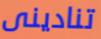
تنادينى